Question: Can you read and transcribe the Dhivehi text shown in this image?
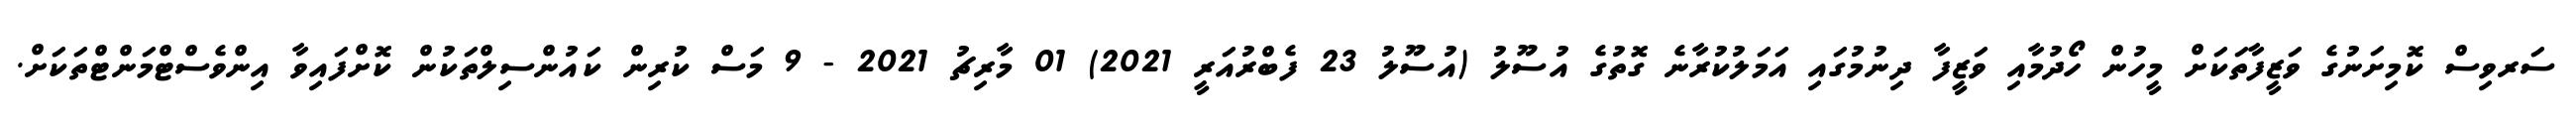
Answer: ސަރވިސް ކޮމިށަނުގެ ވަޒީފާތަކަށް މީހުން ހޯދުމާއި ވަޒީފާ ދިނުމުގައި އަމަލުކުރާނެ ގޮތުގެ އުސޫލު (އުސޫލު 23 ފެބްރުއަރީ 2021) 01 މާރިޗު 2021 - 9 މަސް ކުރިން ކައުންސިލްތަކުން ކޮށްފައިވާ އިންވެސްޓްމަންޓްތަކަށް.